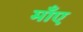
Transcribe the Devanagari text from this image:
माँए